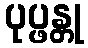
ပုပ္ဖန္တု